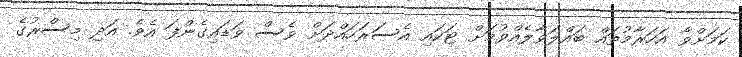
ކަމަށްވާ އަހަރާމުތައް ބައްލަވާލެއްވުމަށް ޓަކައި އެސަރަހައްދަށް ވެސް ވަޑައިގެންފަ އެވެ. އަދި މިސްރުގެ